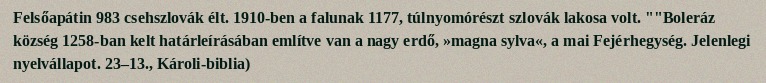
Felsőapátin 983 csehszlovák élt. 1910-ben a falunak 1177, túlnyomórészt szlovák lakosa volt. ""Boleráz község 1258-ban kelt határleírásában említve van a nagy erdő, »magna sylva«, a mai Fejérhegység. Jelenlegi nyelvállapot. 23–13., Károli-biblia)